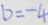
b = - 4